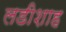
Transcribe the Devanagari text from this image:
लडीशाह